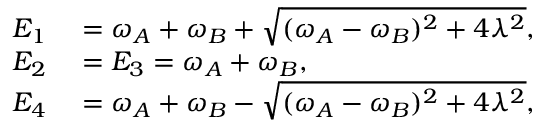
\begin{array} { r l } { E _ { 1 } } & { { } = \omega _ { A } + \omega _ { B } + \sqrt { ( \omega _ { A } - \omega _ { B } ) ^ { 2 } + 4 \lambda ^ { 2 } } , } \\ { E _ { 2 } } & { { } = E _ { 3 } = \omega _ { A } + \omega _ { B } , } \\ { E _ { 4 } } & { { } = \omega _ { A } + \omega _ { B } - \sqrt { ( \omega _ { A } - \omega _ { B } ) ^ { 2 } + 4 \lambda ^ { 2 } } , } \end{array}